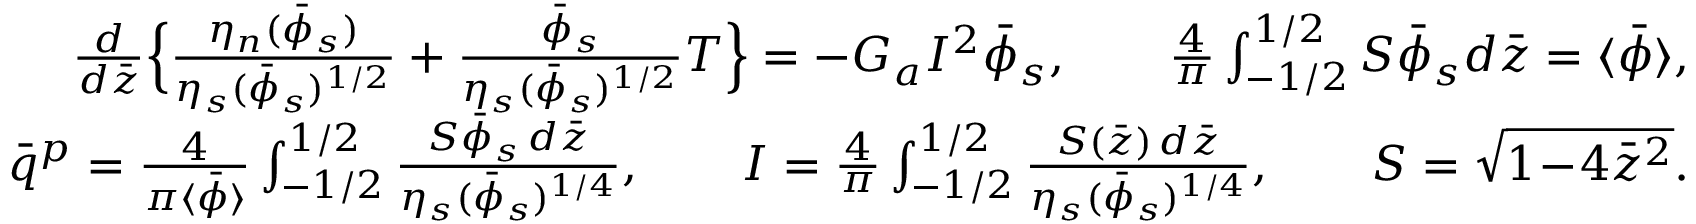
\begin{array} { r l r } & { } & { \frac { d } { d \bar { z } } \Bigl \{ \frac { \eta _ { n } ( \bar { \phi } _ { s } ) } { \eta _ { s } ( \bar { \phi } _ { s } ) ^ { 1 / 2 } } + \frac { \bar { \phi } _ { s } } { \eta _ { s } ( \bar { \phi } _ { s } ) ^ { 1 / 2 } } T \Bigr \} = - G _ { a } I ^ { 2 } \bar { \phi } _ { s } , \qquad \frac { 4 } { \pi } \int _ { - 1 / 2 } ^ { 1 / 2 } S \bar { \phi } _ { s } d \bar { z } = \langle \bar { \phi } \rangle , } \\ & { } & { \bar { q } ^ { p } = \frac { 4 } { \pi \langle \bar { \phi } \rangle } \int _ { - 1 / 2 } ^ { 1 / 2 } \frac { S \bar { \phi } _ { s } \, d \bar { z } } { \eta _ { s } ( \bar { \phi } _ { s } ) ^ { 1 / 4 } } , \qquad I = \frac { 4 } { \pi } \int _ { - 1 / 2 } ^ { 1 / 2 } \frac { S ( \bar { z } ) \, d \bar { z } } { \eta _ { s } ( \bar { \phi } _ { s } ) ^ { 1 / 4 } } , \qquad S = \sqrt { 1 \! - \! 4 \bar { z } ^ { 2 } } . } \end{array}